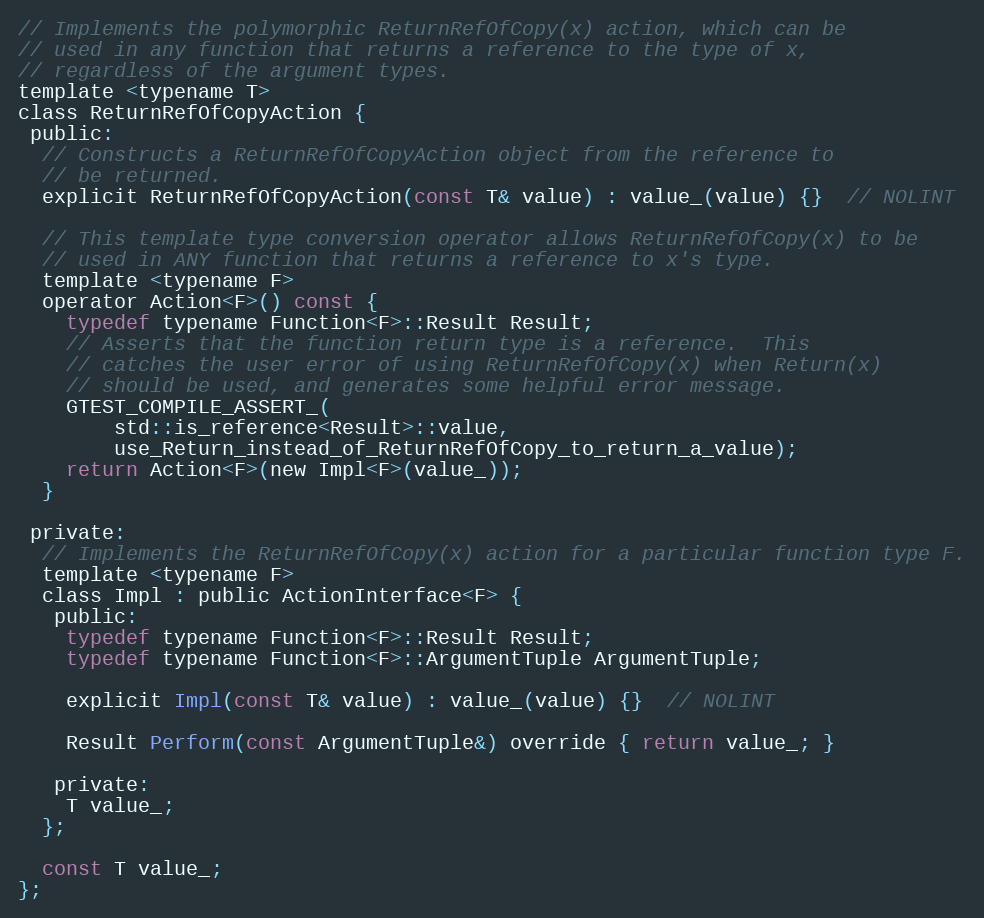
Language: C
// Implements the polymorphic ReturnRefOfCopy(x) action, which can be
// used in any function that returns a reference to the type of x,
// regardless of the argument types.
template <typename T>
class ReturnRefOfCopyAction {
 public:
  // Constructs a ReturnRefOfCopyAction object from the reference to
  // be returned.
  explicit ReturnRefOfCopyAction(const T& value) : value_(value) {}  // NOLINT

  // This template type conversion operator allows ReturnRefOfCopy(x) to be
  // used in ANY function that returns a reference to x's type.
  template <typename F>
  operator Action<F>() const {
    typedef typename Function<F>::Result Result;
    // Asserts that the function return type is a reference.  This
    // catches the user error of using ReturnRefOfCopy(x) when Return(x)
    // should be used, and generates some helpful error message.
    GTEST_COMPILE_ASSERT_(
        std::is_reference<Result>::value,
        use_Return_instead_of_ReturnRefOfCopy_to_return_a_value);
    return Action<F>(new Impl<F>(value_));
  }

 private:
  // Implements the ReturnRefOfCopy(x) action for a particular function type F.
  template <typename F>
  class Impl : public ActionInterface<F> {
   public:
    typedef typename Function<F>::Result Result;
    typedef typename Function<F>::ArgumentTuple ArgumentTuple;

    explicit Impl(const T& value) : value_(value) {}  // NOLINT

    Result Perform(const ArgumentTuple&) override { return value_; }

   private:
    T value_;
  };

  const T value_;
};